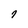
Character: 7